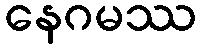
နေဂမဿ